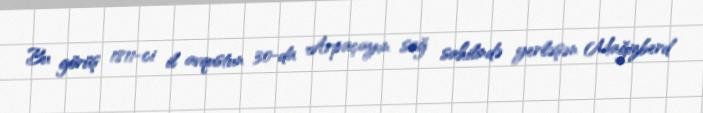
Bu görüş 1811-ci il avqustun 30-da Arpaçayın sağ sahilində yerləşən Mağizberd